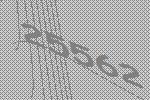
25562